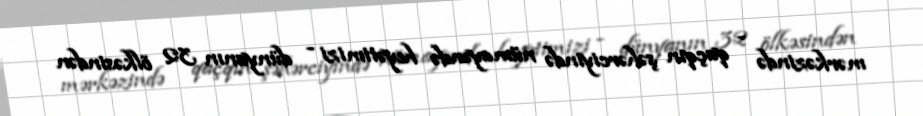
mərkəzində - qaçqın şəhərciyində nümayəndə heyətimizi - dünyanın 32 ölkəsindən